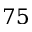
7 5